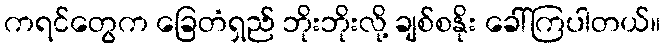
ကရင်တွေက ခြေတံရှည် ဘိုးဘိုးလို့ ချစ်စနိုး ခေါ်ကြပါတယ်။